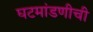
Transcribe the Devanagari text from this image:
घटमांडणीची